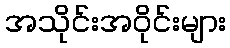
အသိုင်းအဝိုင်းများ